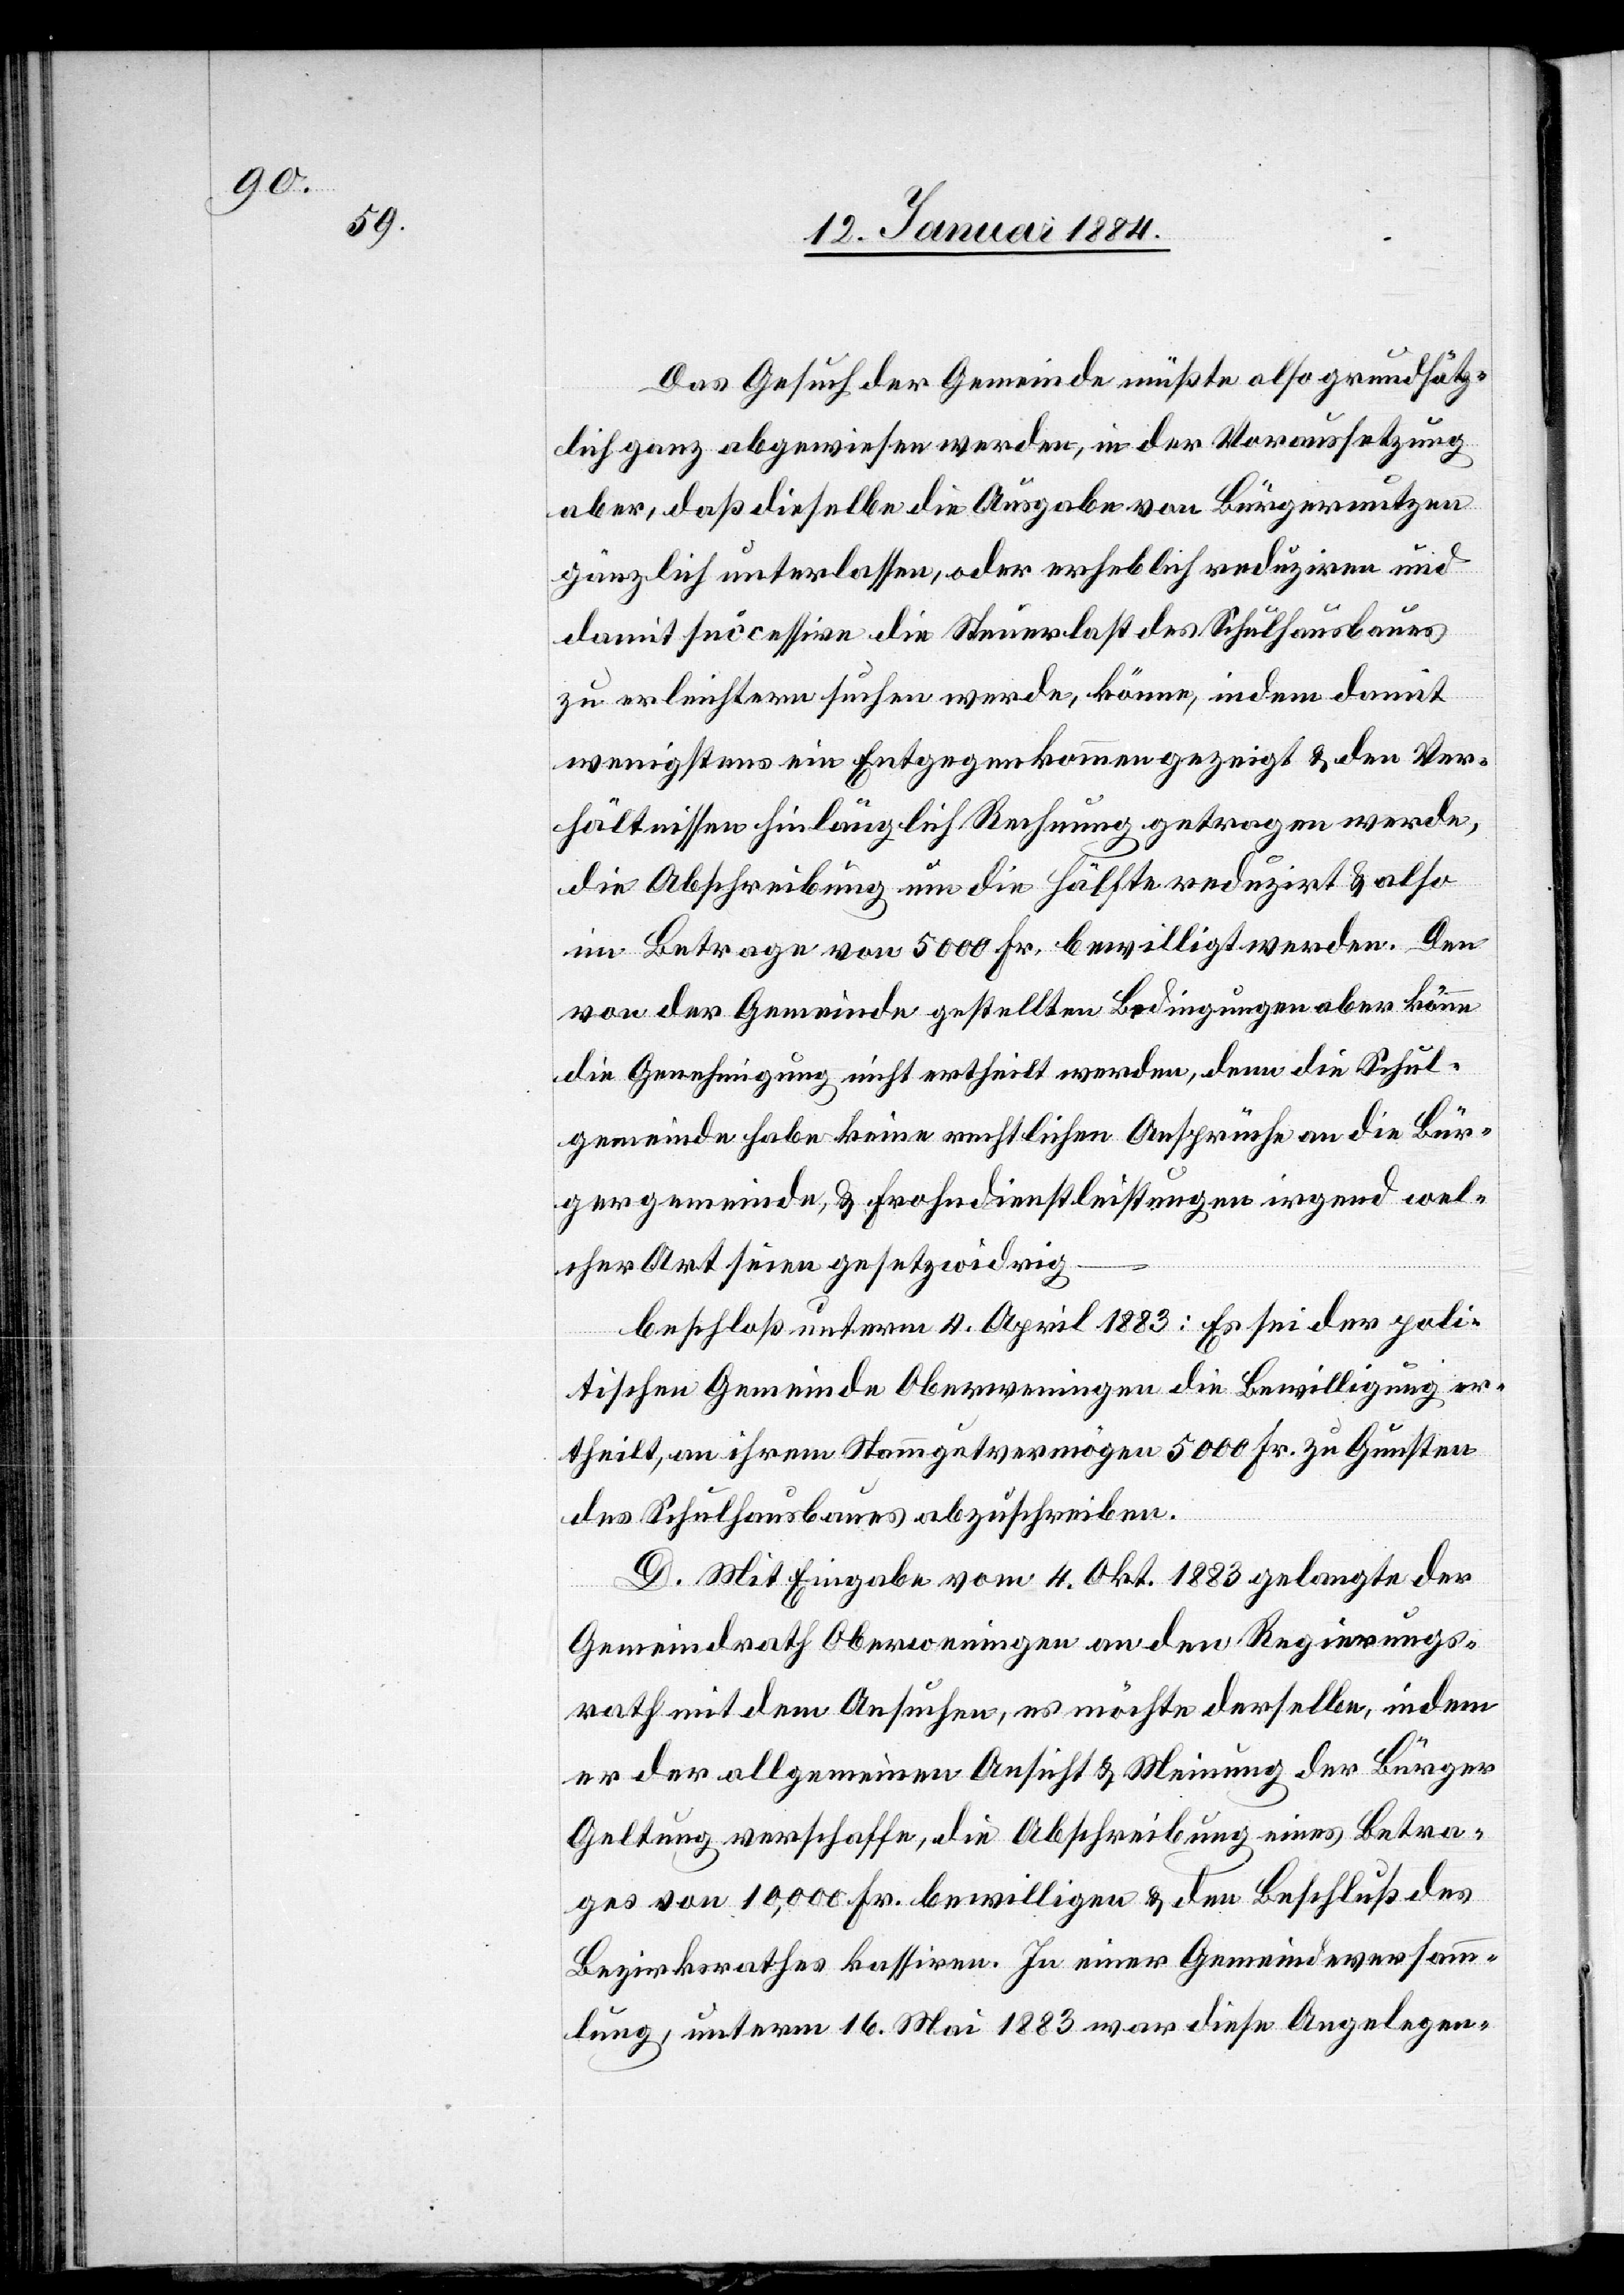
Das Gesuch der Gemeinde müßte also grundsätz¬
lich ganz abgewiesen werden, in der Voraussetzung
aber, daß dieselbe die Ausgabe von Bürgernutzen
gänzlich unterlasse, oder erheblich reduziere und
damit successive die Steuerlast des Schulhausbaues
zu erleichtern suchen werde, könne, indem damit
wenigstens ein Entgegenkommen gezeigt & den Ver¬
hältnissen hinlänglich Rechnung getragen werde,
die Abschreibung um die Hälfte reduzirt & also
im Betrage von 5000 Fr. bewilligt werden. Den
von der Gemeinde gestellten Bedingungen aber könne
die Genehmigung nicht ertheilt werden, denn die Schul¬
gemeinde habe keine rechtlichen Ansprüche an die Bür¬
gergemeinden, & Frohndienstleistungen irgend wel¬
cher Art seien gesetzwidrig
beschloß unterm 4. April 1883: Es sei der poli¬
tischen Gemeinde Oberweningen die Bewilligung er¬
theilt, an ihrem Stammgutvermögen 5000 Fr. zu Gunsten
des Schulhausbaues abzuschreiben.
D. Mit Eingabe vom 4. Okt. 1883 gelangte der
Gemeindrath Oberweningen an den Regierungs¬
rath mit dem Ansuchen, es möchte derselbe, indem
er der allgemeinen Ansicht & Meinung der Bürger
Geltung verschaffe, die Abschreibung eines Betra¬
ges von 10,000 Fr. bewilligen & den Beschluß des
Bezirksrathes kassiren. In einer Gemeindeversamm¬
lung, unterm 16. Mai 1883 war diese Angelegen-